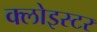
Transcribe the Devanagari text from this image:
क्लोइस्टर